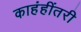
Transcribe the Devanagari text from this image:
काहंहींतरी